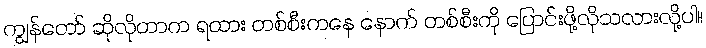
ကျွန်တော် ဆိုလိုတာက ရထား တစ်စီးကနေ နောက် တစ်စီးကို ပြောင်းဖို့လိုသလားလို့ပါ။